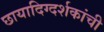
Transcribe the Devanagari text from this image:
छायादिग्दर्शकांची